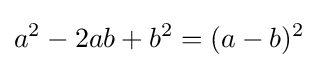
a^{2}-2ab+b^{2}=(a-b)^{2}